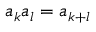
a _ { k } a _ { l } = a _ { k + l }